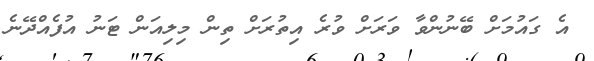
އެ ގައުމަށް ބޭނުންވާ ވަރަށް ވުރެ އިތުރަށް ތިން މިލިއަން ޓަނު އުފެއްދޭނެ